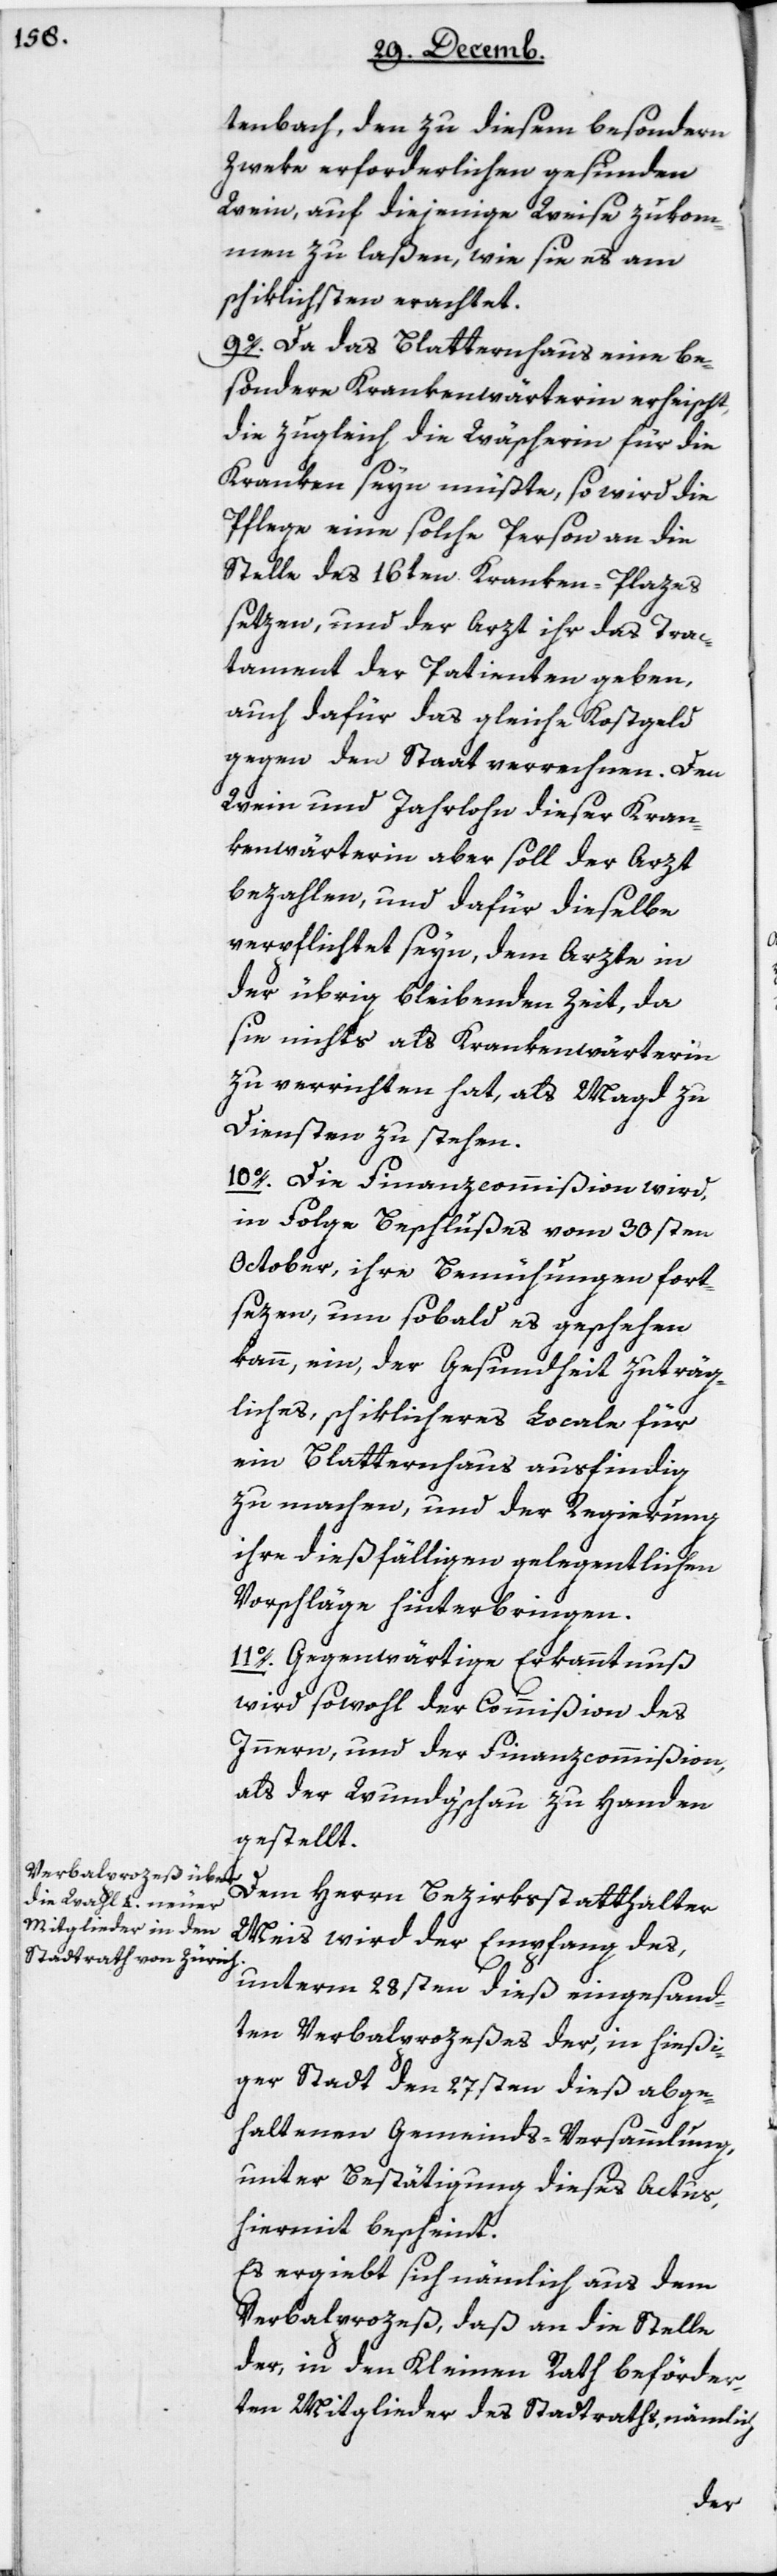
tenbach den zu diesem besonderen
Zweke erforderlichen gesunden
Wein, auf diejenige Weise zukom¬
men zu laßen, wie sie es am
schiklichsten erachtet.
9. Da das Blatternhaus eine be¬
sondere Krankenwärterin erheischt,
die zugleich die Wäscherin für die
Kranken seyn müßte, so wird die
Pflege eine solche Person an die
Stelle des 16ten Kranken-Plazes
setzen, und der Arzt ihr das Trac¬
tament der Patienten geben,
auch dafür das gleiche Kostgeld
gegen den Staat verrechnen. Den
Wein und Jahrlohn dieser Kran¬
kenwärterin aber soll der Arzt
bezahlen, und dafür dieselbe
verpflichtet seyn, dem Arzte in
der übrig bleibenden Zeit, da
sie nichts als Krankenwärterin
zu verrichten hat, als Magd zu
Diensten zu stehen.
10. Die Finanzcommißion wird,
in Folge Beschlußes vom 30sten
October, ihre Bemühungen fort¬
sezen, um sobald es geschehen
kann, ein, der Gesundheit zuträg¬
liches, schiklicheres Locale für
ein Blatternhaus ausfindig
zu machen, und der Regierung
ihre dießfälligen gelegentlichen
Vorschläge hinterbringen.
11. Gegenwärtige Erkanntnuß
wird sowohl der Commißion des
Innern, und der Finanzcommißion,
als der Wundgschau zu Handen
gestellt.
Dem Herrn Bezirksstatthalter
Meis wird der Empfang des,
unterm 28sten dieß eingesand¬
ten Verbalproceßes der, in hießi¬
ger Stadt den 27sten dieß abge¬
haltenen Gemeinds-Versammlung,
unter Bestätigung dieses Actus,
hiermit bescheint.
Es ergiebt sich nämlich aus dem
Verbalproceß, daß an die Stelle
der, in den Kleinen Rath beförder¬
ten Mitglieder des Stadtraths, nämlich